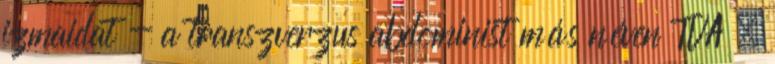
izmaidat - a transzverzus abdominist más néven TVA .